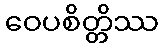
ဝေပစိတ္တိဿ